Annual report on the lock hospitals of the Madras Presidency
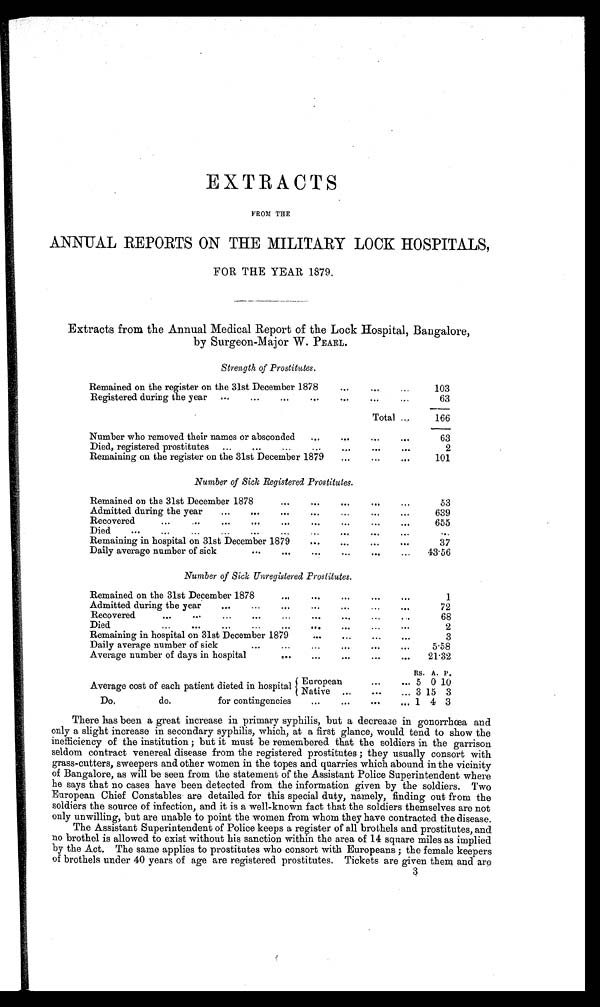
EXTRACTS
FROM THE
ANNUAL REPORTS ON THE MILITARY LOCK HOSPITALS,
FOR THE YEAR 1879.
Extracts from the Annual Medical Report of the Lock Hospital, Bangalore,
by Surgeon-Major W. PEARL.
Strength of Prostitutes.
Remained on the register on the 31st December 1878
Registered during the year ...
...
...
...
a
...
...
...
103
63
Total ...
166
Number who removed their names or absconded ...
...
...
63
Died, registered prostitutes ...
.
..
...
2
Remaining on the register on the 31st December 1879 ..
...
...
101
Number of Sick Registered Prostitutes.
Remained on the 31st December 1878
...
. .
...
53
Admitted during the year ...
...
...
...
639
..
Recovered
..
...
...
..
...
655
Died
...
...
...
...
.
Remaining in hospital on 31st December 1879
...
37
Daily average number of sick
...
...
... 43.56
Number of Sick Unregistered Prostitutes.
Remained on the 31st December 1878
bPeg
90 0
0
1
Admitted during the year
...
0
"'
**
72
Recovered
...
...
...
...
68
...
Died... ...
..
...
..
2
Remaining in hospital on 31st December 1879
...
—
... ...
3
Daily average number of sick
...
...
...
5.58
Average number of days in hospital
.
...
21.32
RS. A. P.
Average cost of each patient dieted in hospital European
... 5 0 10
Native ...
... 3 15 3
Do.
do.
for contingencies
...
1 4 3
There has been a great increase in primary syphilis, but a decrease in gonorrhoea and
only a slight increase in secondary syphilis, which, at a first glance, would tend to show the
inefficiency of the institution ; but it must be remembered that the soldiers in the garrison
seldom contract venereal disease from the registered prostitutes; they usually consort with
grass-cutters, sweepers and other women in the topes and quarries which abound in the vicinity
of Bangalore, as will be seen from the statement of the Assistant Police Superintendent where
he says that no cases have been detected from the information given by the soldiers. Two
European Chief Constables are detailed for this special duty, namely, finding out from the
soldiers the source of infection, and it is a well-known fact that the soldiers themselves are not
only unwilling, but are unable to point the women from whom they have contracted the disease.
The Assistant Superintendent of Police keeps a register of all brothels and prostitutes, and
no brothel is allowed to exist without his sanction within the area of 14 square miles as implied
by the Act. The same applies to prostitutes who consort with Europeans ; the female keepers
of brothels under 40 years of age are registered prostitutes. Tickets are given them and are
3